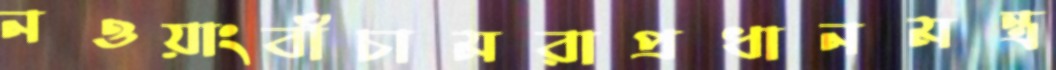
নওয়াংবাঁচামরাপ্রধানমন্ত্র